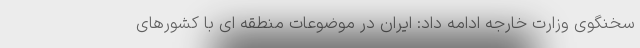
سخنگوی وزارت خارجه ادامه داد: ایران در موضوعات منطقه ای با کشورهای